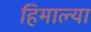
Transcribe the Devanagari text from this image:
हिमाल्या